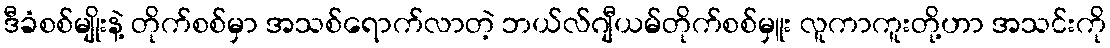
ဒီခံစစ်မျိုးနဲ့ တိုက်စစ်မှာ အသစ်ရောက်လာတဲ့ ဘယ်လ်ဂျီယမ်တိုက်စစ်မှူး လူကာကူးတို့ဟာ အသင်းကို